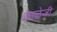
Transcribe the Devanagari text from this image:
काळेजी